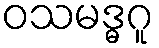
ဝသမဒ္ဓဂူ